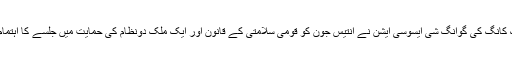
ہانگ کانگ کی گوانگ شی ایسوسی ایشن نے انتیس جون کو قومی سلامتی کے قانون اور ایک ملک دونظام کی حمایت میں جلسے کا اہتمام کیا۔